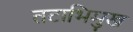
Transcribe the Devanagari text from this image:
तटाभिमुख